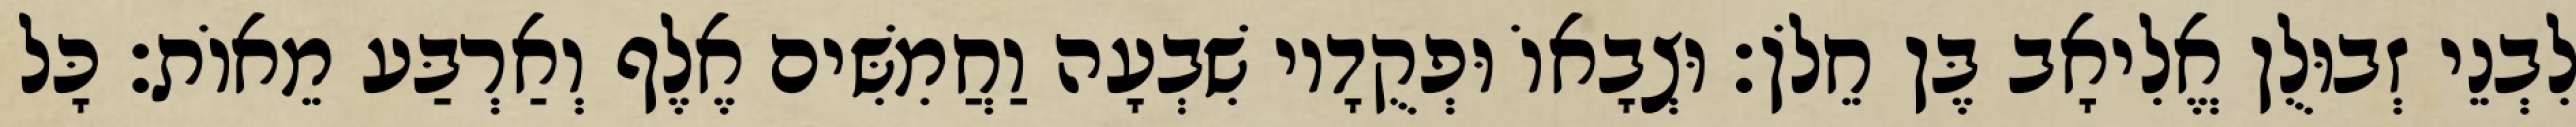
לִבְנֵי זְבוּלֻן אֱלִיאָב בֶּן חֵלֹן׃ וּצְבָאוֹ וּפְקֻדָיו שִׁבְעָה וַחֲמִשִּׁים אֶלֶף וְאַרְבַּע מֵאוֹת׃ כָּל